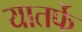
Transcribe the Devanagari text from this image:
यातर्फे